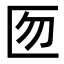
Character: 匢